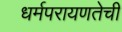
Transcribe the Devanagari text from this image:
धर्मपरायणतेची